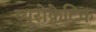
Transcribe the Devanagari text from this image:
ब्यूरोक्रेटिक